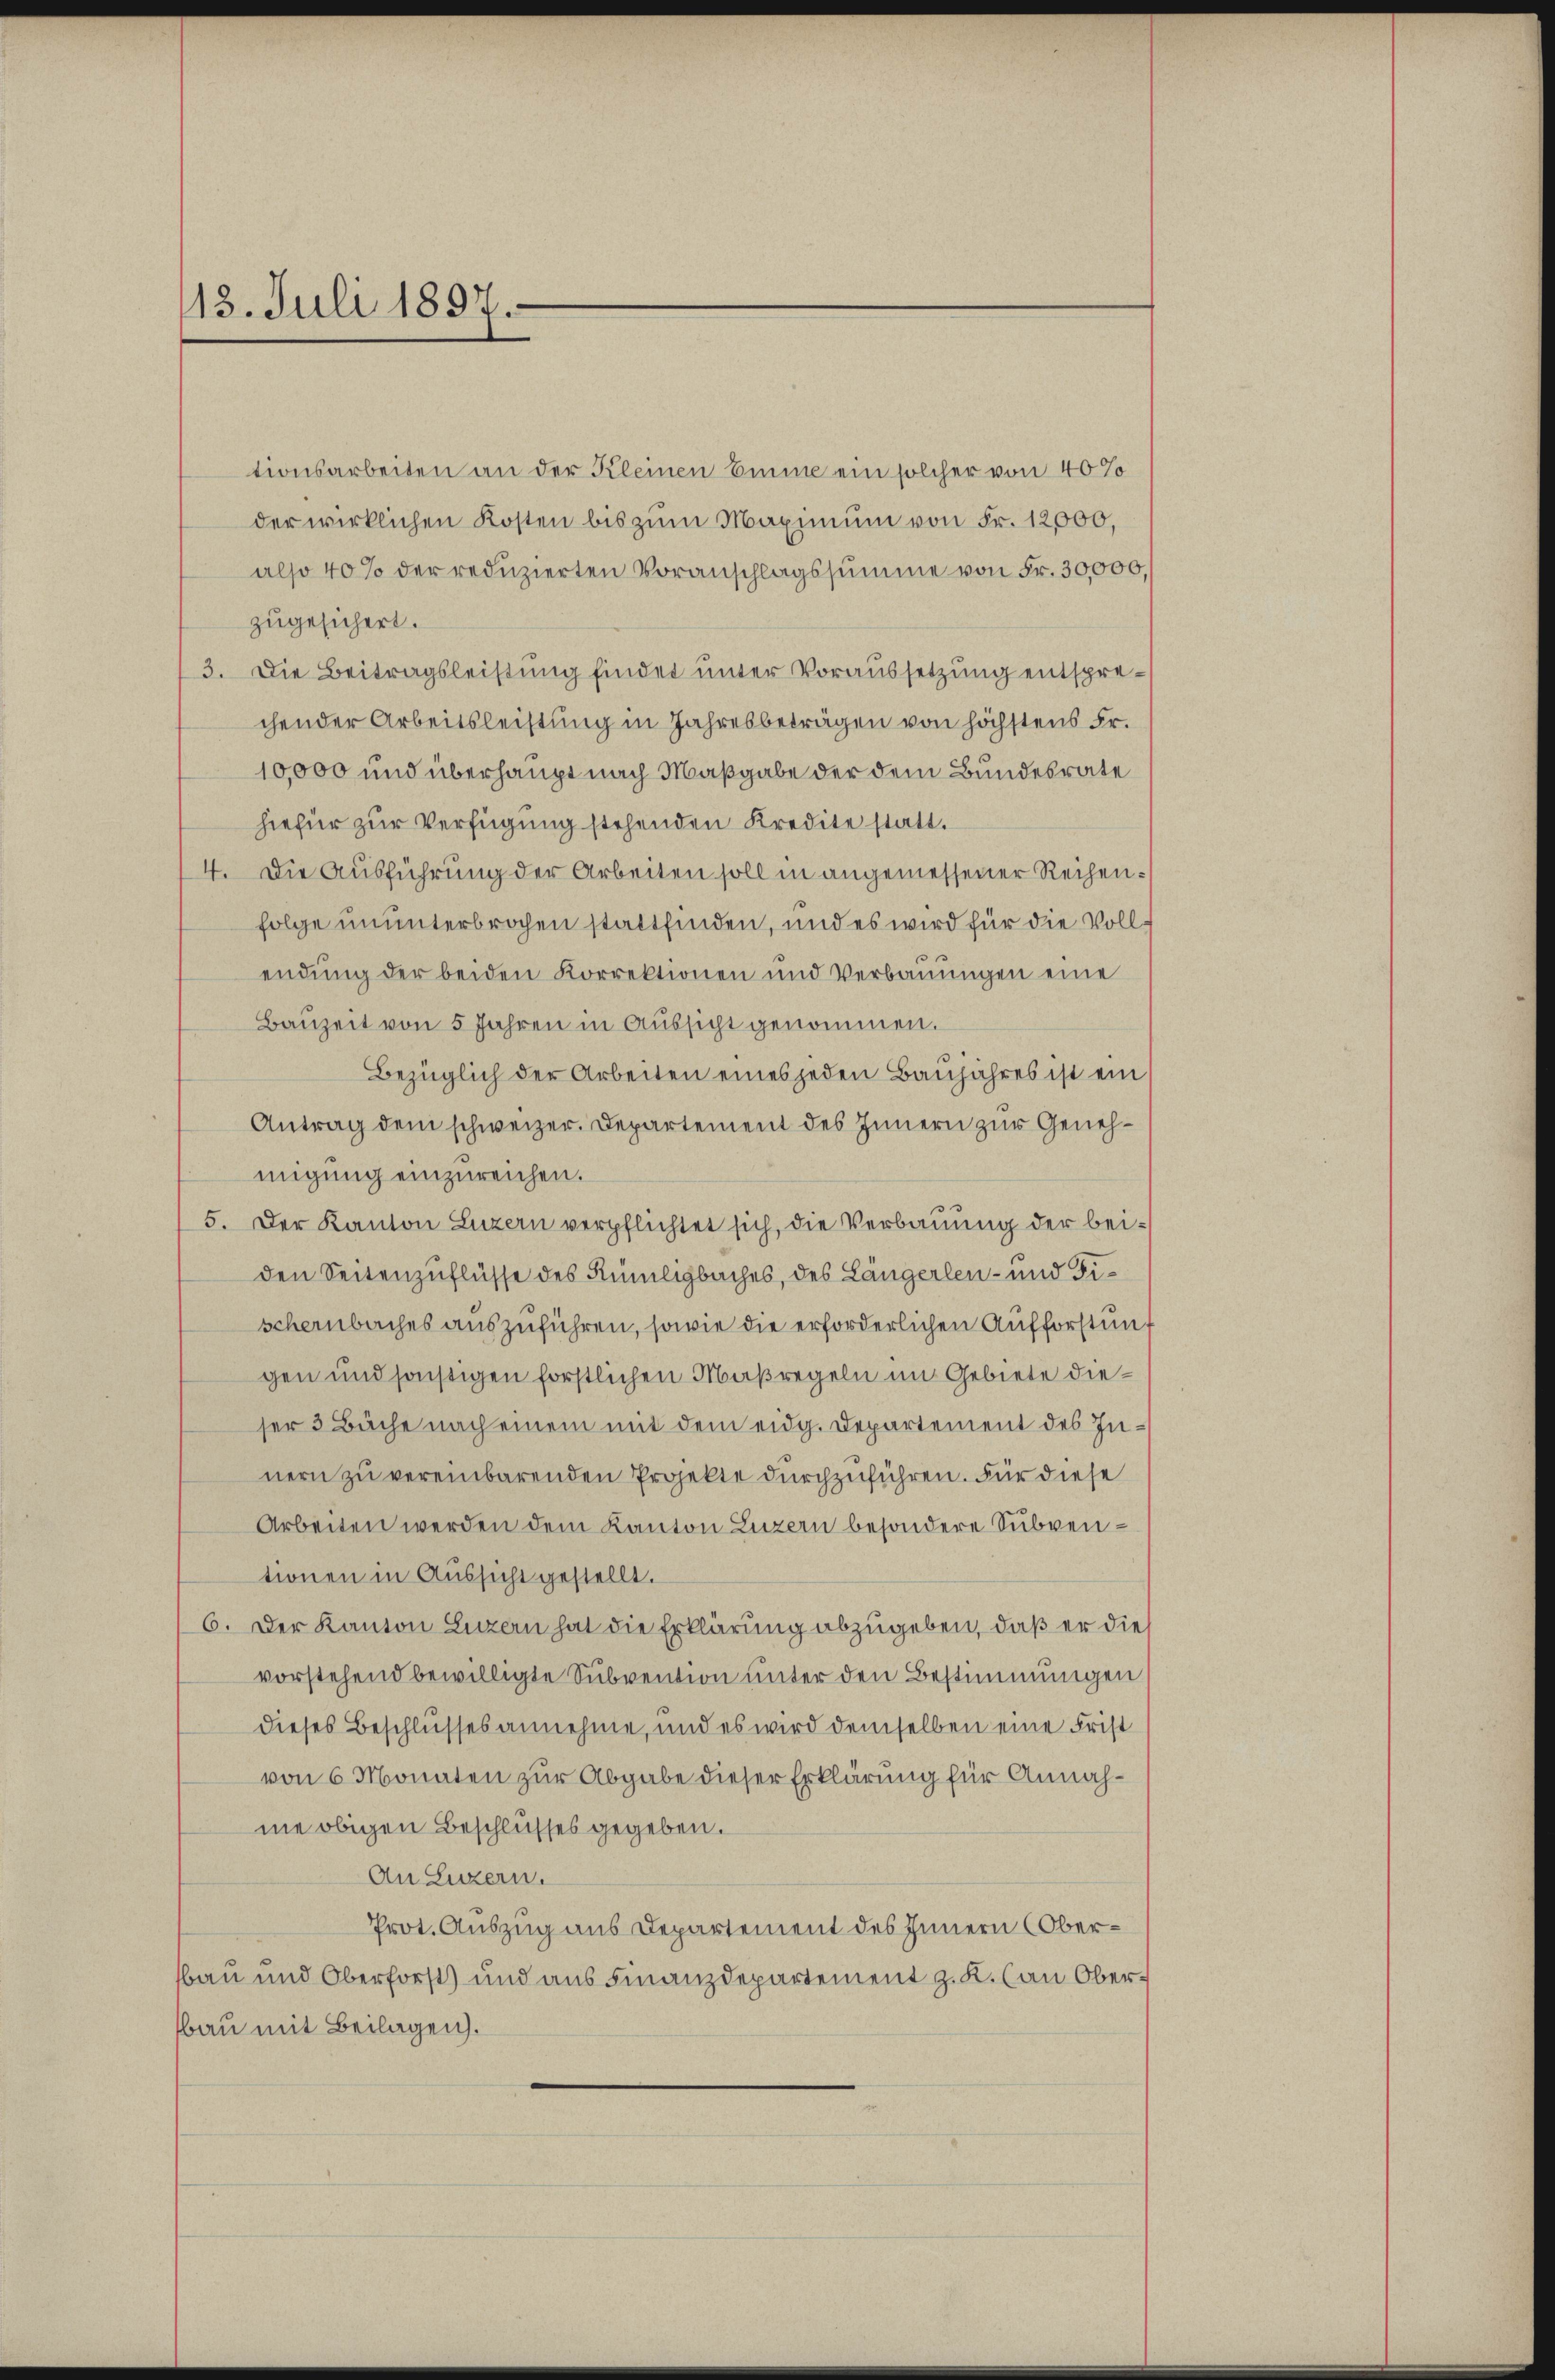
13. Juli 1897.

tionsarbeiten an der Kleinen Eine ein solcher von 40%
der wirklichen Kosten bis zum Maximum von Fr. 12,000,
also 40% der reduzierten Voranschlagssumme von Fr. 30,000,
zugesichert.
3. Die Beitragsleistung findet unter Voraussetzung entsprechender Arbeitsleistung in Jahresbeträgen von höchstens Fr.
10,000 und überhaupt nach Maßgabe der dem Bundesrate
hiefür zur Verfügung stehenden Kredite statt.
4. Die Ausführung der Arbeiten soll in angemessener Reihenfolge ununterbrochen stattfinden, und es wird für die Vollendŭng der beiden Korrektionen und Verbaŭŭngen eine
Bauzeit von 5 Jahren in Aussicht genommen.
Bezüglich der Arbeiten eines jeden Baŭjahres ist ein
Antrag dem schweizer. Departement des Innern zur Genehmigung einzureichen.
5. Der Kanton Luzern verpflichtet sich, die Verbauung der beiden Seitenzuflüsse des Rümligbaches, des Längerlen- und Fischenbaches auszuführen, sowie die erforderlichen Aufforstung
gen und sonstigen förstlichen Maßregeln im Gebiete dieser 3 Bäche nach einem mit dem eidg. Departement des Innern zu vereinbarenden Projekte durchzuführen. Für diese
Arbeiten werden dem Kanton Luzern besondere Subventionen in Aussicht gestellt.
6. Der Kanton Luzern hat die Erklärung abzugeben, daß er die
vorstehend bewilligte Subvention unter den Bestimmungen
dieses Beschlusses annehme, und es wird demselben eine Frist
von 6 Monaten zur Abgabe dieser Erklärung für Annahme obigen Beschlusses gegeben.
An Luzern.
Prot. Auszug aus Departement des Innern (Oberbau und Oberforst) und aus Finanzdepartement z. K. (an Oberbau mit Beilagen.
e